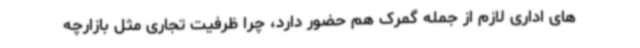
های اداری لازم از جمله گمرک هم حضور دارد، چرا ظرفیت تجاری مثل بازارچه